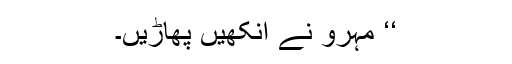
‘‘ مہرو نے آنکھیں پھاڑیں۔